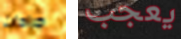
جراحات يعجب